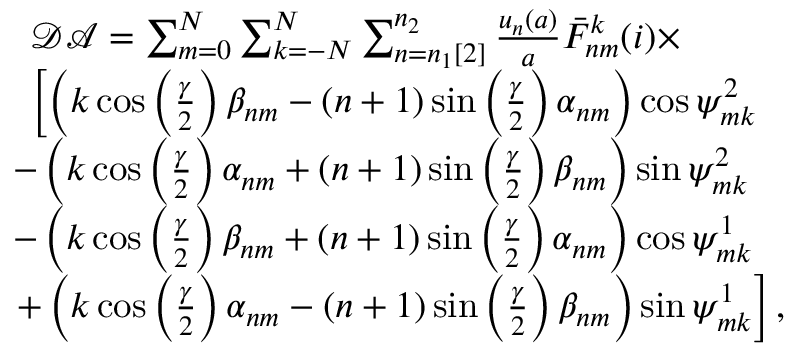
\begin{array} { r l } & { \mathcal { D A } = \sum _ { m = 0 } ^ { N } \sum _ { k = - N } ^ { N } \sum _ { n = n _ { 1 } [ 2 ] } ^ { n _ { 2 } } \frac { u _ { n } ( a ) } { a } \bar { F } _ { n m } ^ { k } ( i ) \times } \\ & { \left[ \left( k \cos \left( \frac { \gamma } { 2 } \right) \beta _ { n m } - ( n + 1 ) \sin \left( \frac { \gamma } { 2 } \right) \alpha _ { n m } \right) \cos \psi _ { m k } ^ { 2 } \right. } \\ & { \! \! \! - \left( k \cos \left( \frac { \gamma } { 2 } \right) \alpha _ { n m } + ( n + 1 ) \sin \left( \frac { \gamma } { 2 } \right) \beta _ { n m } \right) \sin \psi _ { m k } ^ { 2 } } \\ & { \! \! \! - \left( k \cos \left( \frac { \gamma } { 2 } \right) \beta _ { n m } + ( n + 1 ) \sin \left( \frac { \gamma } { 2 } \right) \alpha _ { n m } \right) \cos \psi _ { m k } ^ { 1 } } \\ & { \! \! \! \left. + \left( k \cos \left( \frac { \gamma } { 2 } \right) \alpha _ { n m } - ( n + 1 ) \sin \left( \frac { \gamma } { 2 } \right) \beta _ { n m } \right) \sin \psi _ { m k } ^ { 1 } \right] , } \end{array}